Indian journal of veterinary science and animal husbandry - Volume 7,
Year: 1937
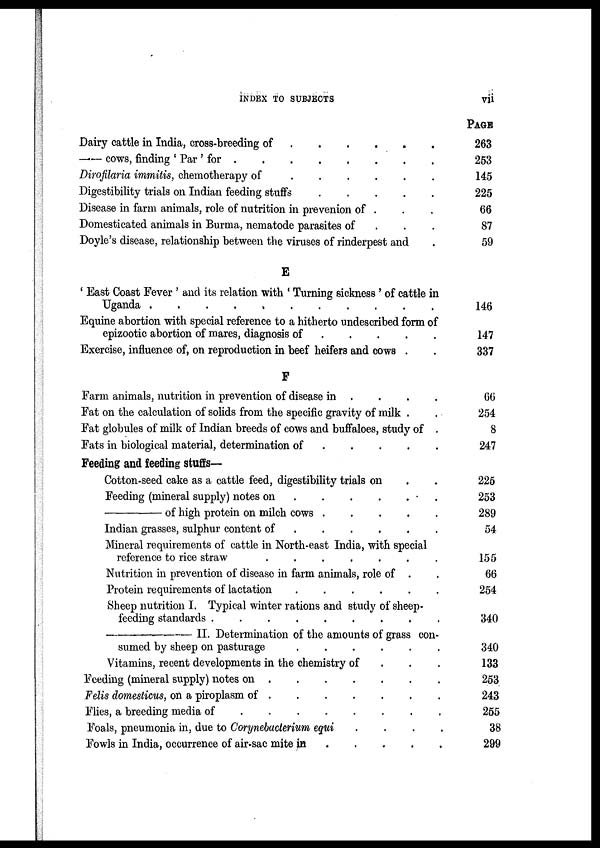
INDEX TO SUBJECTS
vii
Dairy cattle in India, cross-breeding of
.
.
.
.
.
.
—— cows, finding ' Par ' for
.
.
.
.
.
.
.
.
Dirofilaria immitis, chemotherapy of
.
.
.
.
.
.
Digestibility trials on Indian feeding stuffs
.
.
.
.
.
Disease in farm animals, role of nutrition in prevenion of . . .
Domesticated animals in Burma, nematode parasites of . . .
Doyle's disease, relationship between the viruses of rinderpest and .
E
' East Coast Fever ' and its relation with ' Turning sickness ' of cattle in
Uganda
.
.
.
.
.
.
.
.
.
.
.
Equine abortion with special reference to a hitherto undescribed form of
epizootic abortion of mares, diagnosis of
.
.
.
.
.
Exercise, influence of, on reproduction in beef heifers and cows . .
F
Farm animals, nutrition in prevention of disease in . . . . .
Fat on the calculation of solids from the specific gravity of milk . .
Fat globules of milk of Indian breeds of cows and buffaloes, study of .
Fats in biological material, determination of
.
.
.
.
.
Feeding and feeding stuffs—
Cotton-seed cake as a cattle feed, digestibility trials on . .
Feeding (mineral supply) notes on
.
.
.
.
.
.
————of high protein on milch cow . . . . .
Indian grasses, sulphur content of
.
.
.
.
.
.
Mineral requirements of cattle in North-east India, with special
reference to rice straw
.
.
.
.
.
.
Nutrition in prevention of disease in farm animals, role of . .
Protein requirements of lactation
.
.
.
.
.
.
Sheep nutrition I. Typical winter rations and study of sheep-
feeding standards . . . . . . . . . .
————— II. Determination of the amounts of grass con-
sumed by sheep on pasturage
.
.
.
.
.
.
Vitamins, recent developments in the chemistry of . . .
Feeding (mineral supply) notes on
.
.
.
.
.
.
.
Felis domesticus, on a piroplasm of . . . . . . .
Flies, a breeding media of
.
.
.
.
.
.
.
.
Foals, pneumonia in, due to Corynebacterium equi . . . .
Fowls in India, occurrence of air-sac mite in . . . . .
PAGE.
263
253
145
225
66
87
59
146
147
337
66
254
8
247
225
253
289
54
155
66
254
340
340
133
253
243
255
38
299